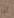
اذا